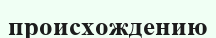
происхождению